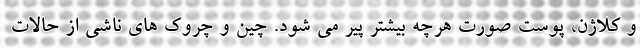
و کلاژن، پوست صورت هرچه بیشتر پیر می شود. چین و چروک های ناشی از حالات